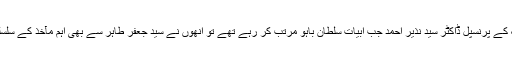
گورنمنٹ کالج جھنگ کے پرنسپل ڈاکٹر سید نذیر احمد جب ابیات سلطان باہو مرتب کر رہے تھے تو انھوں نے سید جعفر طاہر سے بھی اہم مآخذ کے سلسلے میں مشاورت کی۔